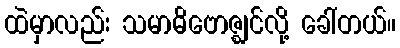
ထဲမှာလည်း သမာဓိဗောဇ္ဈင်လို့ ခေါ်တယ်။